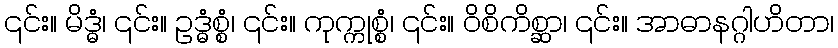
၎င်း။ မိဒ္ဓံ၊ ၎င်း။ ဥဒ္ဓံစ္စံ၊ ၎င်း။ ကုက္ကုစ္စံ၊ ၎င်း။ ဝိစိကိစ္ဆာ၊ ၎င်း။ အာဓာနဂ္ဂါဟိတာ၊